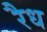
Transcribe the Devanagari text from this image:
रैध